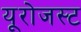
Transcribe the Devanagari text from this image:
यूरोजस्ट